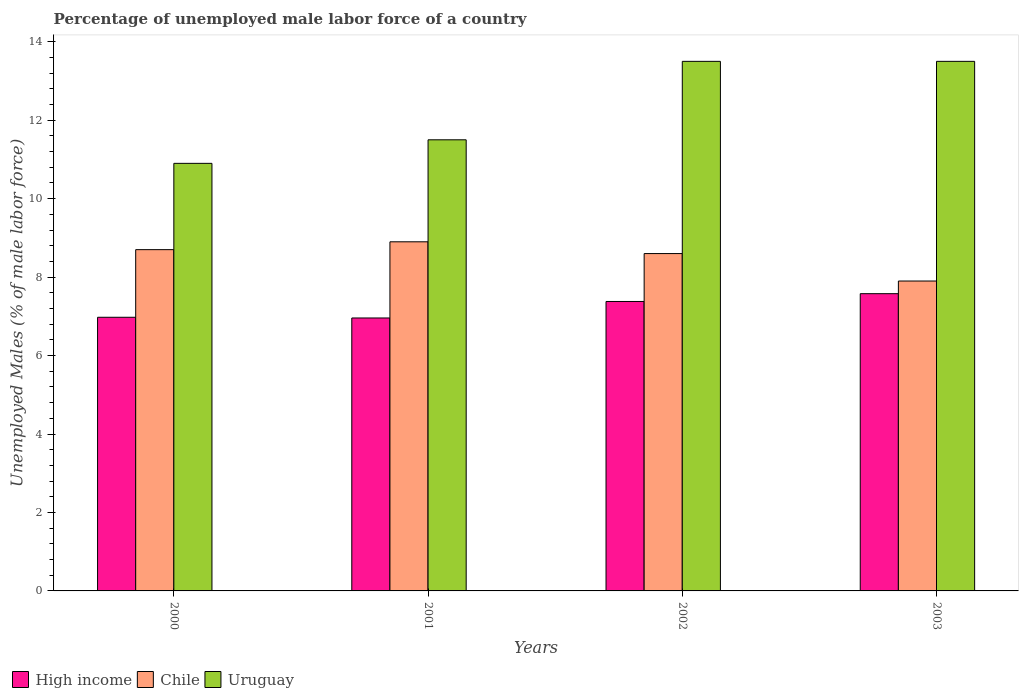
| Years | High income | Chile | Uruguay |
 | --- | --- | --- | --- |
 | 2000 | 6.98 | 8.7 | 10.9 |
 | 2001 | 6.96 | 8.9 | 11.5 |
 | 2002 | 7.38 | 8.6 | 13.5 |
 | 2003 | 7.58 | 7.9 | 13.5 |